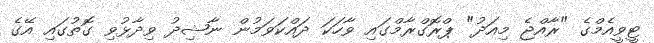
ޓީވީއެމްގެ "ރާއްޖެ މިއަދު" ޕްރޮގްރާމްގައި ވާހަކަ ދައްކަވަމުން ނާޝިދު ވިދާޅުވި ގޮތުގައި އޭގެ